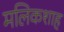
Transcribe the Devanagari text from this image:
मलिकशाह